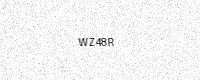
Text: WZ48R